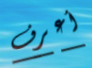
أعرف